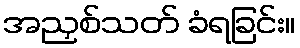
အညှစ်သတ် ခံရခြင်း။